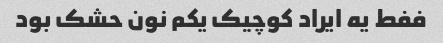
ففط یه ایراد کوچیک یکم نون حشک بود